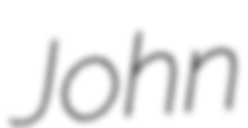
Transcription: John